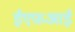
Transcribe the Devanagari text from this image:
ईएफ़आई